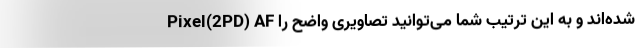
Pixel(2PD) AF شده‌اند و به این ترتیب شما می‌توانید تصاویری واضح را